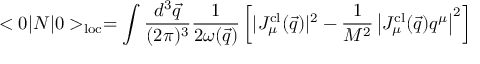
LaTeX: < 0 | N | 0 > _ { \mathrm { l o c } } = \int { \frac { d ^ { 3 } \vec { q } } { ( 2 \pi ) ^ { 3 } } } { \frac { 1 } { 2 \omega ( \vec { q } ) } } \left[ | J _ { \mu } ^ { \mathrm { c l } } ( \vec { q } ) | ^ { 2 } - { \frac { 1 } { M ^ { 2 } } } \left| J _ { \mu } ^ { \mathrm { c l } } ( \vec { q } ) q ^ { \mu } \right| ^ { 2 } \right]